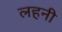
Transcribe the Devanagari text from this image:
लहनी